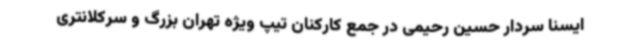
ایسنا سردار حسین رحیمی در جمع کارکنان تیپ ویژه تهران بزرگ و سرکلانتری